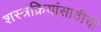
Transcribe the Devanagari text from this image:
शस्त्रक्रियांसाठीची